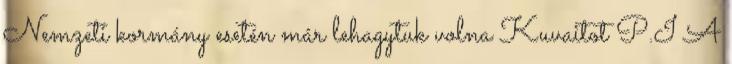
Nemzeti kormány esetén már lehagytuk volna Kuvaitot P.I A